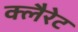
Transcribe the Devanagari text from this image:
क्लैरेट